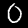
Label: 0